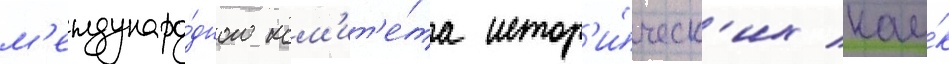
м'еждунаро́дного ком'ит'е́та истор'и́ческ'их нау́к